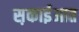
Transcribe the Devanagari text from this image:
स़काईआत